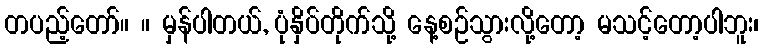
တပည့်တော်။ ။ မှန်ပါတယ်, ပုံနှိပ်တိုက်သို့ နေ့စဉ်သွားလို့တော့ မသင့်တော့ပါဘူး၊